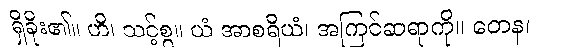
ရှိခိုး၏။ ဟိ၊ သင့်စွ။ ယံ အာစရိယံ၊ အကြင်ဆရာကို။ တေန၊